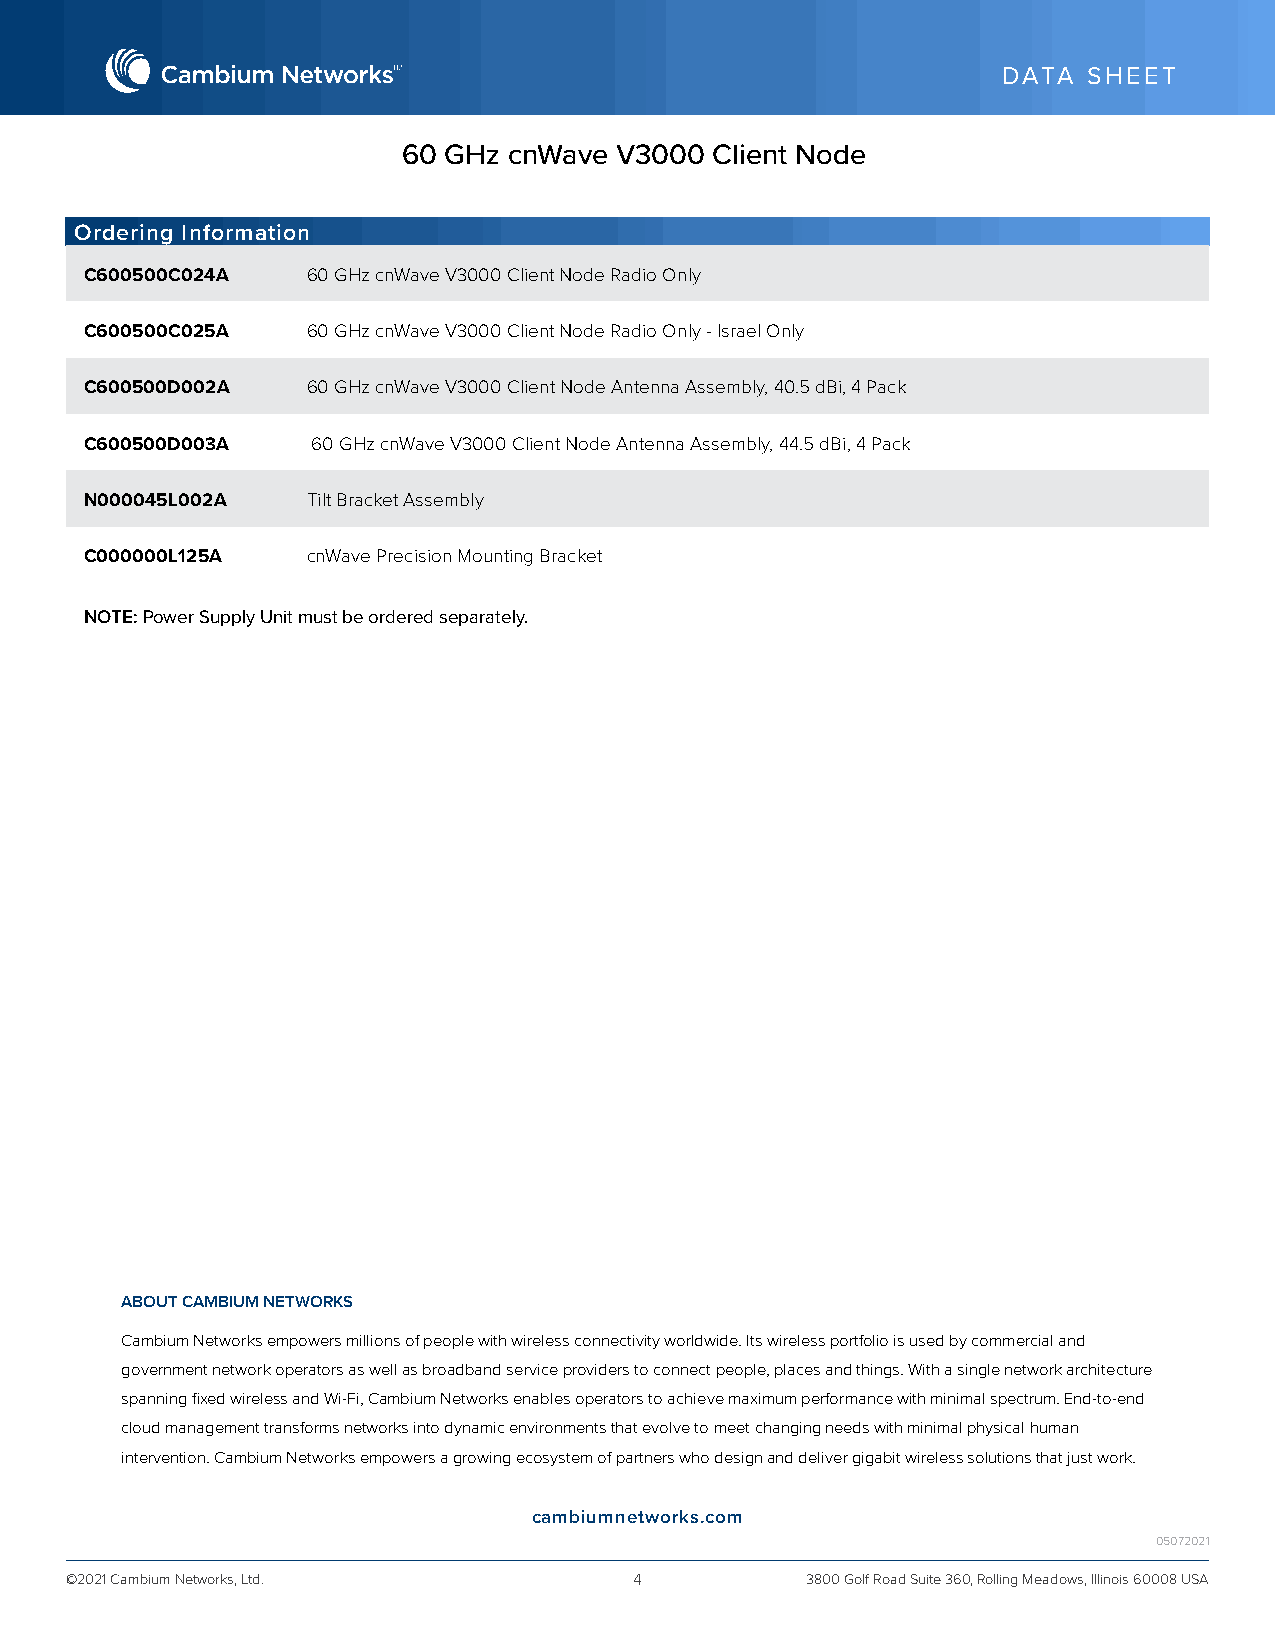
DDAATTAA SSHHEEEETT
 DATA  SHEET
 6600 GGHHzz ccnnWWaavvee VV33000000 CClliieenntt NNooddee
 Ordering Information
 C600500C024A  60 GHz cnWave V3000 Client Node Radio Only
 C600500C025A  60 GHz cnWave V3000 Client Node Radio Only - Israel Only
 C600500D002A  60 GHz cnWave V3000 Client Node Antenna Assembly, 40.5 dBi, 4 Pack
 C600500D003A   60 GHz cnWave V3000 Client Node Antenna Assembly, 44.5 dBi, 4 Pack
 N000045L002A  Tilt Bracket Assembly
 C000000L125A  cnWave Precision Mounting Bracket
 NOTE: Power Supply Unit must be ordered separately.
 ABOUT CAMBIUM NETWORKS
 Cambium Networks empowers millions of people with wireless connectivity worldwide. Its wireless portfolio is used by commercial and
 government network operators as well as broadband service providers to connect people, places and things. With a single network architecture
 spanning fixed wireless and Wi-Fi, Cambium Networks enables operators to achieve maximum performance with minimal spectrum. End-to-end
 cloud management transforms networks into dynamic environments that evolve to meet changing needs with minimal physical human
 intervention. Cambium Networks empowers a growing ecosystem of partners who design and deliver gigabit wireless solutions that just work.
 cambiumnetworks.com
 05072021
 ©©22002211 CCaammbbiiuumm NNeettwwoorrkkss,, LLttdd.. 44 3800 Golf Road Suite 360, Rolling Mceaadmobwisu,m Illnineotisw 6o0r0k0s.8c oUmSA